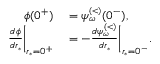
\begin{array} { r l } { \phi ( 0 ^ { + } ) } & { { } = \psi _ { \omega } ^ { \scriptscriptstyle ( < ) } ( 0 ^ { - } ) , } \\ { \frac { d \phi } { d r _ { * } } \bigg | _ { r _ { * } = 0 ^ { + } } } & { { } = - \frac { d \psi _ { \omega } ^ { \scriptscriptstyle ( < ) } } { d r _ { * } } \bigg | _ { r _ { * } = 0 ^ { - } } . } \end{array}